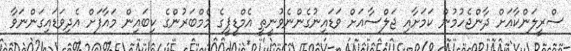
ސްރީލަންކާއަށް ދާންޖެހުމުން ކަމަށާއި ޖަލްސާއަށް ވަޑައިނުގެންނެވުނީތީ އެމްޑީޕީގެ މެމްބަރުންގެ ކިބައިން މައާފަށް އެދިވަޑައިގަންނަވާ